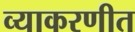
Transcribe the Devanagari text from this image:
व्याकरणीत